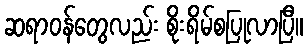
ဆရာဝန်တွေလည်း စိုးရိမ်စပြုလာပြီ။